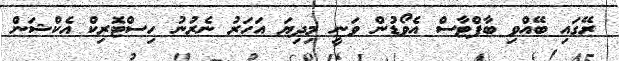
ރޭގައި ބޭއްވި ބާފްޓާސް އެވޯޑުން ވަނީ މިދިޔަ އަހަރު ނެރުނު ހިސްޓޮރިކް އެކްޝަން